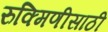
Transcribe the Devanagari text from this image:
रुक्मिणीसाठी